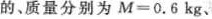
的、质量分别为$$M=06kg$$、